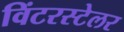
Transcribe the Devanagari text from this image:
विंटरस्टेलर